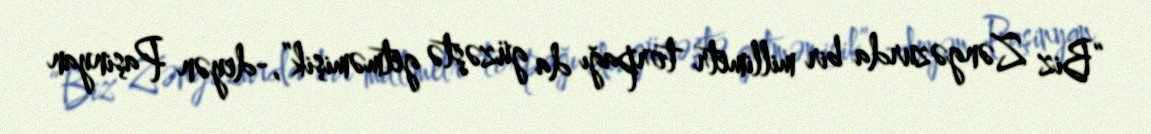
“Biz Zəngəzurda bir millimetr torpağı da güzəştə getməmişik”,-deyən Paşinyan